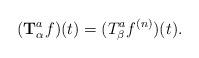
LaTeX: \begin{align*} (\textbf{T}_\alpha ^a f)(t)= (T_\beta ^a f^{(n)})(t).\end{align*}